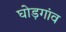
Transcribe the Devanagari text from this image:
घोड़गांव